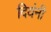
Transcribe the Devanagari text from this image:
दियंनी